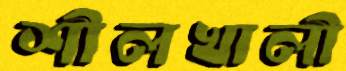
শীলখালী